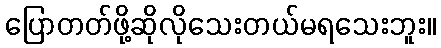
ပြောတတ်ဖို့ဆိုလိုသေးတယ်မရသေးဘူး။